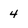
Character: 4